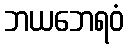
ဘယဘေရဝံ